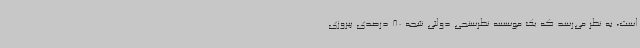
است، به نظر می‌رسد که یک موسسه نظرسنجی دولتی نتیجه 80 درصدی پیروزی